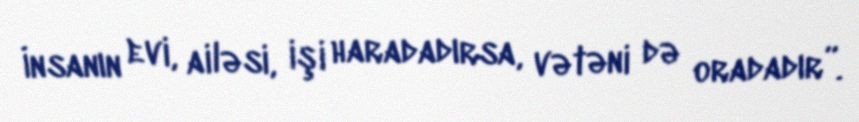
İnsanın evi, ailəsi, işi haradadırsa, vətəni də oradadır”.